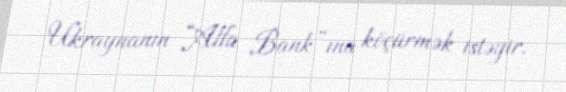
Ukraynanın “Alfa Bank”ına köçürmək istəyir.